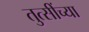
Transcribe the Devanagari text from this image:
तुत्‍सींच्‍या